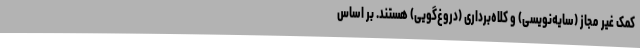
کمک غیر مجاز (سایه‌نویسی) و کلاه‌برداری (دروغ‌گویی) هستند. بر اساس